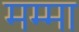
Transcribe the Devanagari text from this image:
मम्मा